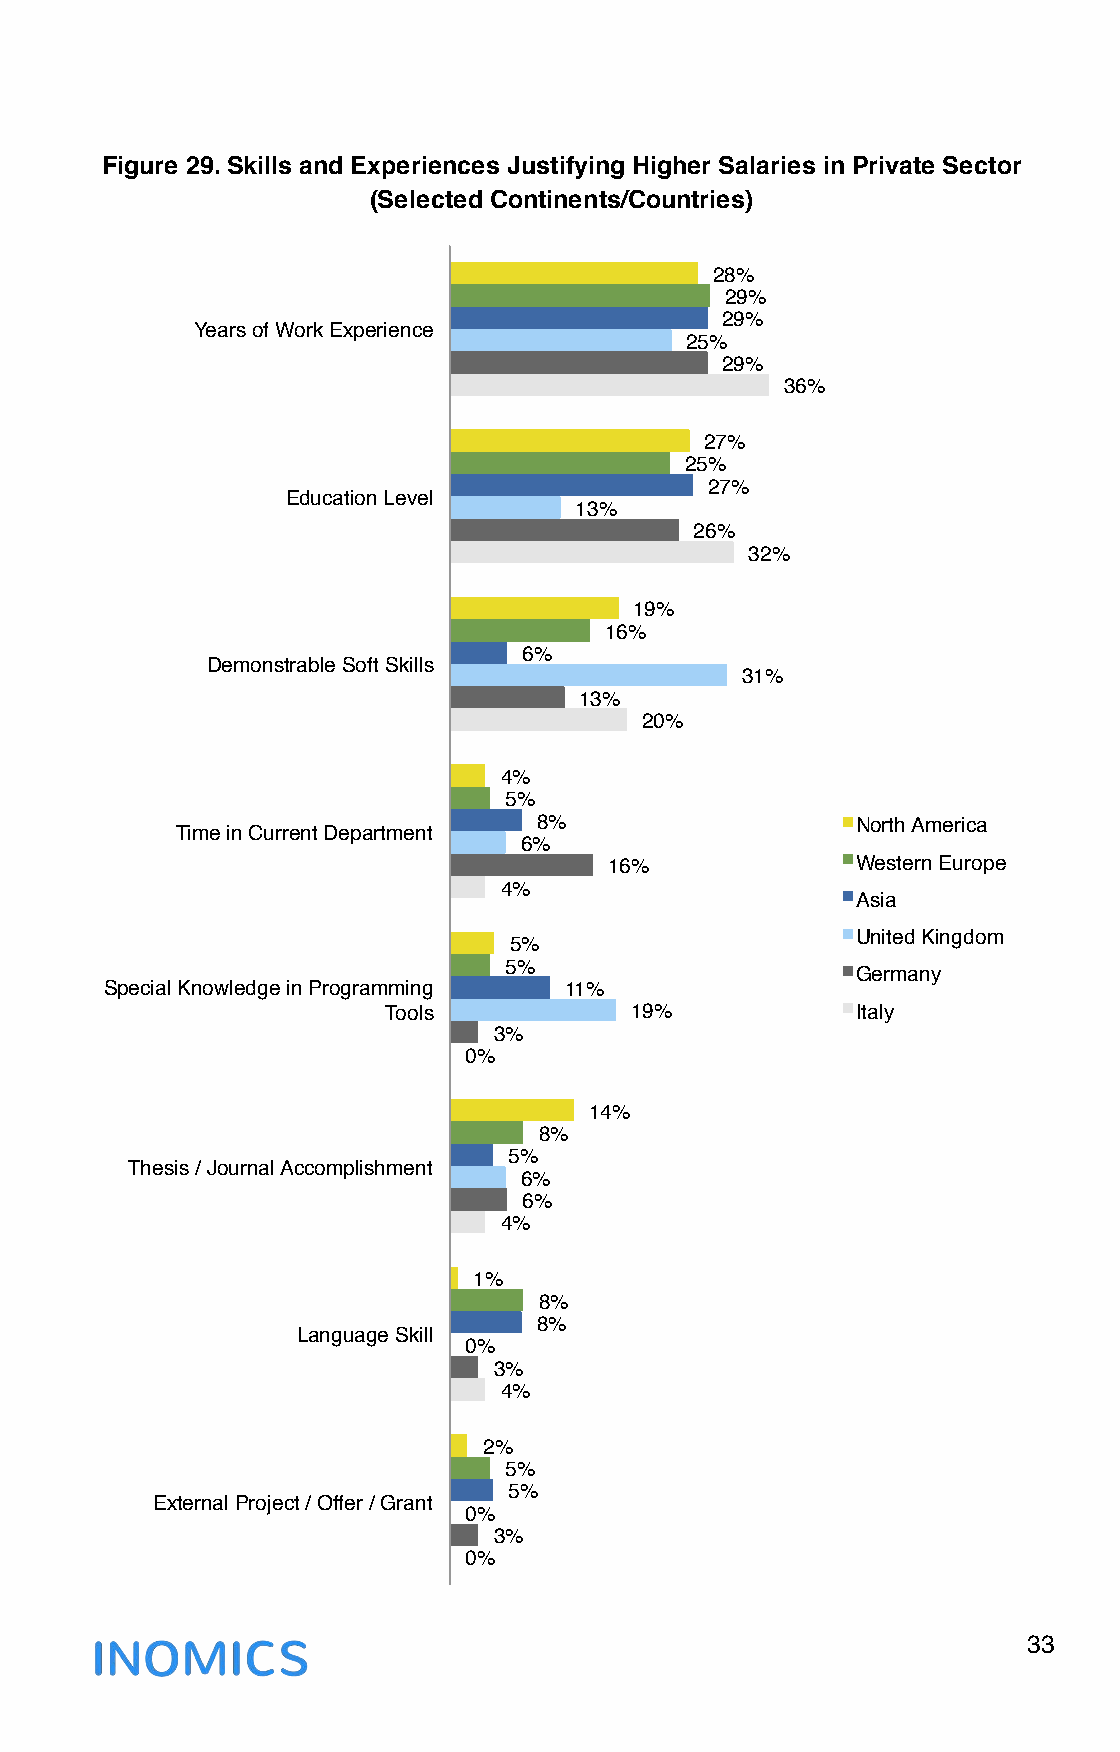
Figure 29. Skills and Experiences Justifying Higher Salaries in Private Sector
 (Selected Continents/Countries)
 28%"
 29%"
 29%"
 Years of Work Experience"
 25%"
 29%"
 36%"
 27%"
 25%"
 27%"
 Education Level"
 13%"
 26%"
 32%"
 19%"
 16%"
 6%"
 Demonstrable Soft Skills"
 31%"
 13%"
 20%"
 4%"
 5%"
 8%"                   North America"
 Time in Current Department"
 6%"
 16%"             Western Europe"
 4%"
 Asia"
 United Kingdom"
 5%"
 5%"
 Germany"
 Special Knowledge in Programming 11%"
 Tools"           19%"           Italy"
 3%"
 0%"
 14%"
 8%"
 5%"
 Thesis / Journal Accomplishment"
 6%"
 6%"
 4%"
 1%"
 8%"
 8%"
 Language Skill"
 0%"
 3%"
 4%"
 2%"
 5%"
 5%"
 External Project / Offer / Grant"
 0%"
 3%"
 0%"
 33
 !